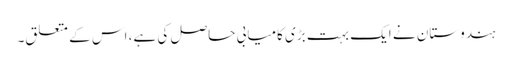
ہندوستان نے ایک بہت بڑی کامیابی حاصل کی ہے، اس کے متعلق۔